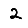
Digit: 2